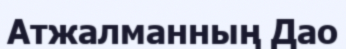
Атжалманның Дао